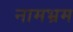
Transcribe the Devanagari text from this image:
नामभ्रम